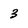
Character: 3